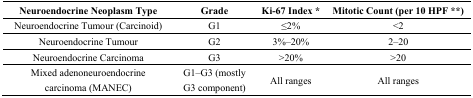
<table><thead><tr><td><b>Neuroendocrine Neoplasm Type</b></td><td><b>Grade</b></td><td><b>Ki-67 Index *</b></td><td><b>Mitotic Count (per 10 HPF **)</b></td></tr></thead><tbody><tr><td>Neuroendocrine Tumour (Carcinoid)</td><td>G1</td><td>≤2%</td><td>&lt;2</td></tr><tr><td>Neuroendocrine Tumour</td><td>G2</td><td>3%–20%</td><td>2–20</td></tr><tr><td>Neuroendocrine Carcinoma</td><td>G3</td><td>&gt;20%</td><td>&gt;20</td></tr><tr><td>Mixed adenoneuroendocrine carcinoma (MANEC)</td><td>G1–G3 (mostly G3 component)</td><td>All ranges</td><td>All ranges</td></tr></tbody></table>